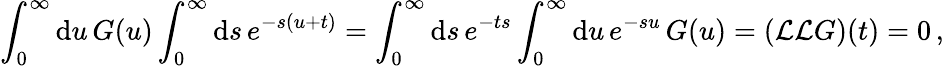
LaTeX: \int_{0}^{\infty}\mathrm{d}u\, G(u)\int_{0}^{\infty}\mathrm{d}s\, e^{-s(u+t)}=\int_{0}^{\infty}\mathrm{d}s\, e^{-ts}\int_{0}^{\infty}\mathrm{d}u\, e^{-su}\, G(u)=\left(\mathcal{L}\mathcal{L}G\right)(t)=0\, ,